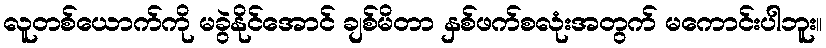
လူတစ်ယောက်ကို မခွဲနိုင်အောင် ချစ်မိတာ နှစ်ဖက်စလုံးအတွက် မကောင်းပါဘူး။